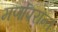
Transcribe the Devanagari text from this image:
मर्णोपरान्त